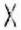
X